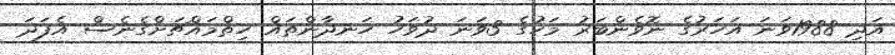
އަދި 1988ވަނަ އަހަރުގެ ނޮވެންބަރު މަހުގެ 3ވަނަ ދުވަހު ހަނދާންތައް ހިތްމައްޗަށްގެނެސް އެފަދަ